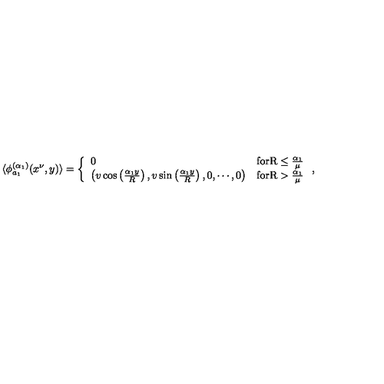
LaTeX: \langle \phi _ { a _ { 1 } } ^ { ( \alpha _ { 1 } ) } ( x ^ { \nu } , y ) \rangle = \left\{ \begin{array} { l r } { 0 } & { \mathrm { f o r R \leq \frac { \alpha _ 1 } { \mu } } } \\ { \left( v \cos \left( \frac { \alpha _ { 1 } y } { R } \right) , v \sin \left( \frac { \alpha _ { 1 } y } { R } \right) , 0 , \cdots , 0 \right) } & { \mathrm { f o r R > \frac { \alpha _ 1 } { \mu } } } \\ \end{array} \right. ,